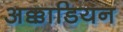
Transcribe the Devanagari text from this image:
अक्काडियन